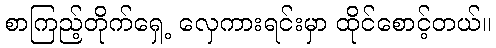
စာကြည့်တိုက်ရှေ့ လှေကားရင်းမှာ ထိုင်စောင့်တယ်။